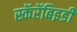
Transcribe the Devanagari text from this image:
स्कॅरॅबिइडी